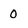
Character: 0